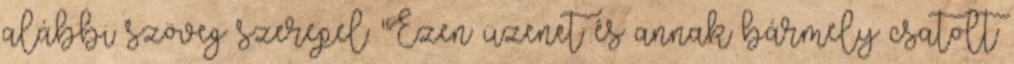
alábbi szöveg szerepel: "Ezen üzenet és annak bármely csatolt